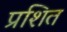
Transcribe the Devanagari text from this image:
प्रशित